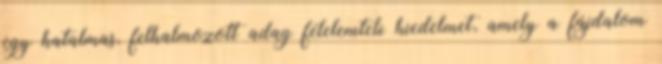
egy hatalmas, felhalmozott adag félelemteli hiedelmet, amely a fájdalom